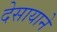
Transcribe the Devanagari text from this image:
देसायाने